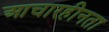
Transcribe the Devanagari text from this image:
आचारहीनता